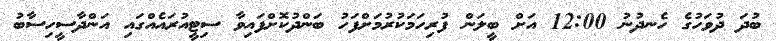
ބުދަ ދުވަހުގެ ހެނދުނު 12:00 އަށް ބީލަން ފުރިހަމަކުރުމަށްފަހު ބަންދުކޮށްފައިވާ ސިޓީއުރައެއްގައި އަންދާސީހިސާބު